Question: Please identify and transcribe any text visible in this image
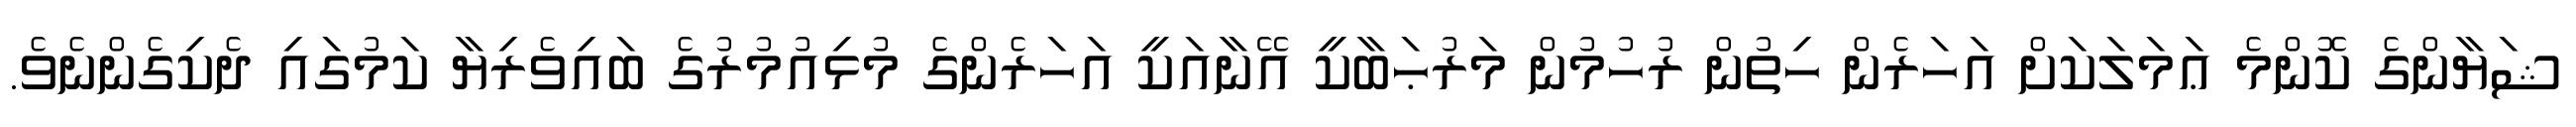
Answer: ޝަޔާންގެ ކޮންމެ ޢަމަލަކަށް އަހަރެން ހިތުން ރުހުމުން މަރުޙަބާކީ އޭނާއަކީ އަހަރެންގެ މުޅިއުމުރުގެ ބައިވެރިޔާ ކަމުގައި ދެކިގެންނެވެ.